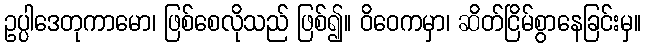
ဥပ္ပါဒေတုကာမော၊ ဖြစ်စေလိုသည် ဖြစ်၍။ ဝိဝေကမှာ၊ ဆိတ်ငြိမ်စွာနေခြင်းမှ။